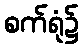
စက်ရုံ၌